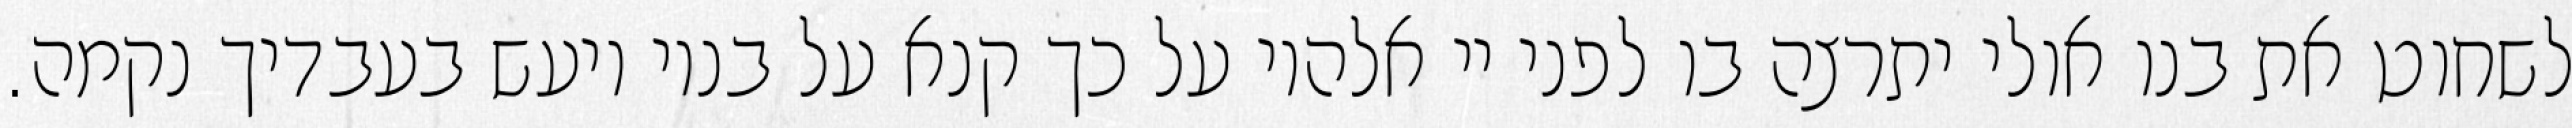
לשחוט את בנו אולי יתרצה בו לפני יי אלהיו על כך קנא על בניו ויעש בעבדיך נקמה.